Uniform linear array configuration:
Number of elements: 48
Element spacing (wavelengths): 1
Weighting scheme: cosine
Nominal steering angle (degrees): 30
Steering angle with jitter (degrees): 29.609
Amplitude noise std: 0.05
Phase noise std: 0.05

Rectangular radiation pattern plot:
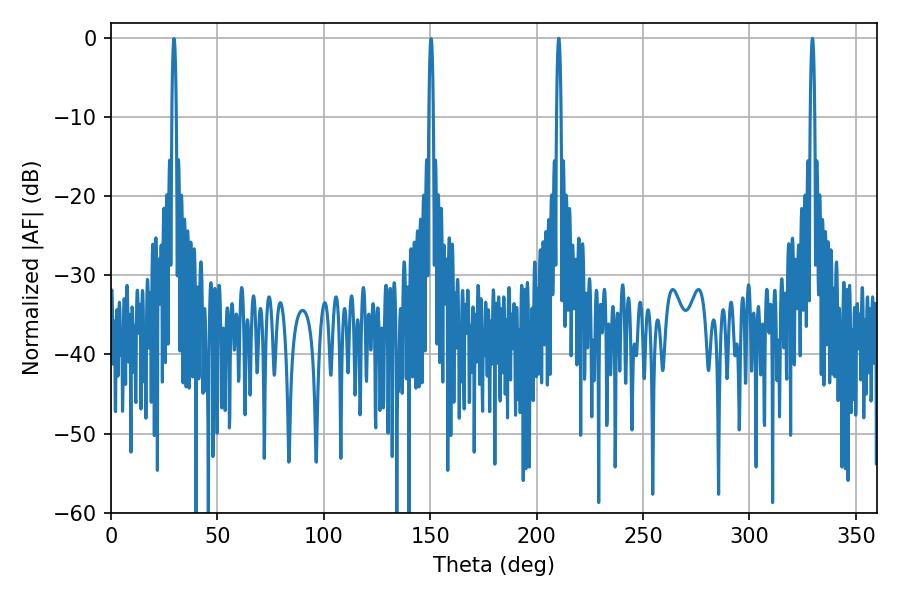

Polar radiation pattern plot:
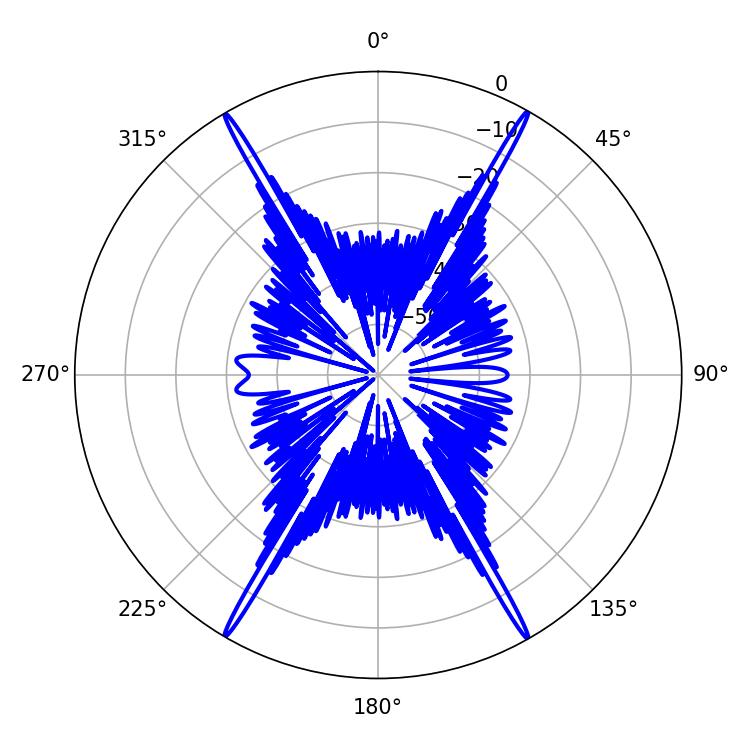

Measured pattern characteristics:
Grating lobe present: TRUE
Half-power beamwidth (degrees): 1.08
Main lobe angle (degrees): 210.42